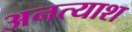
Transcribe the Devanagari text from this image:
अनत्याश